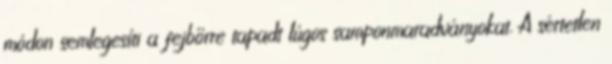
módon semlegesíti a fejbőrre tapadt lúgos samponmaradványokat. A sértetlen